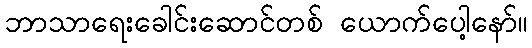
ဘာသာရေးခေါင်းဆောင်တစ် ယောက်ပေါ့နော်။